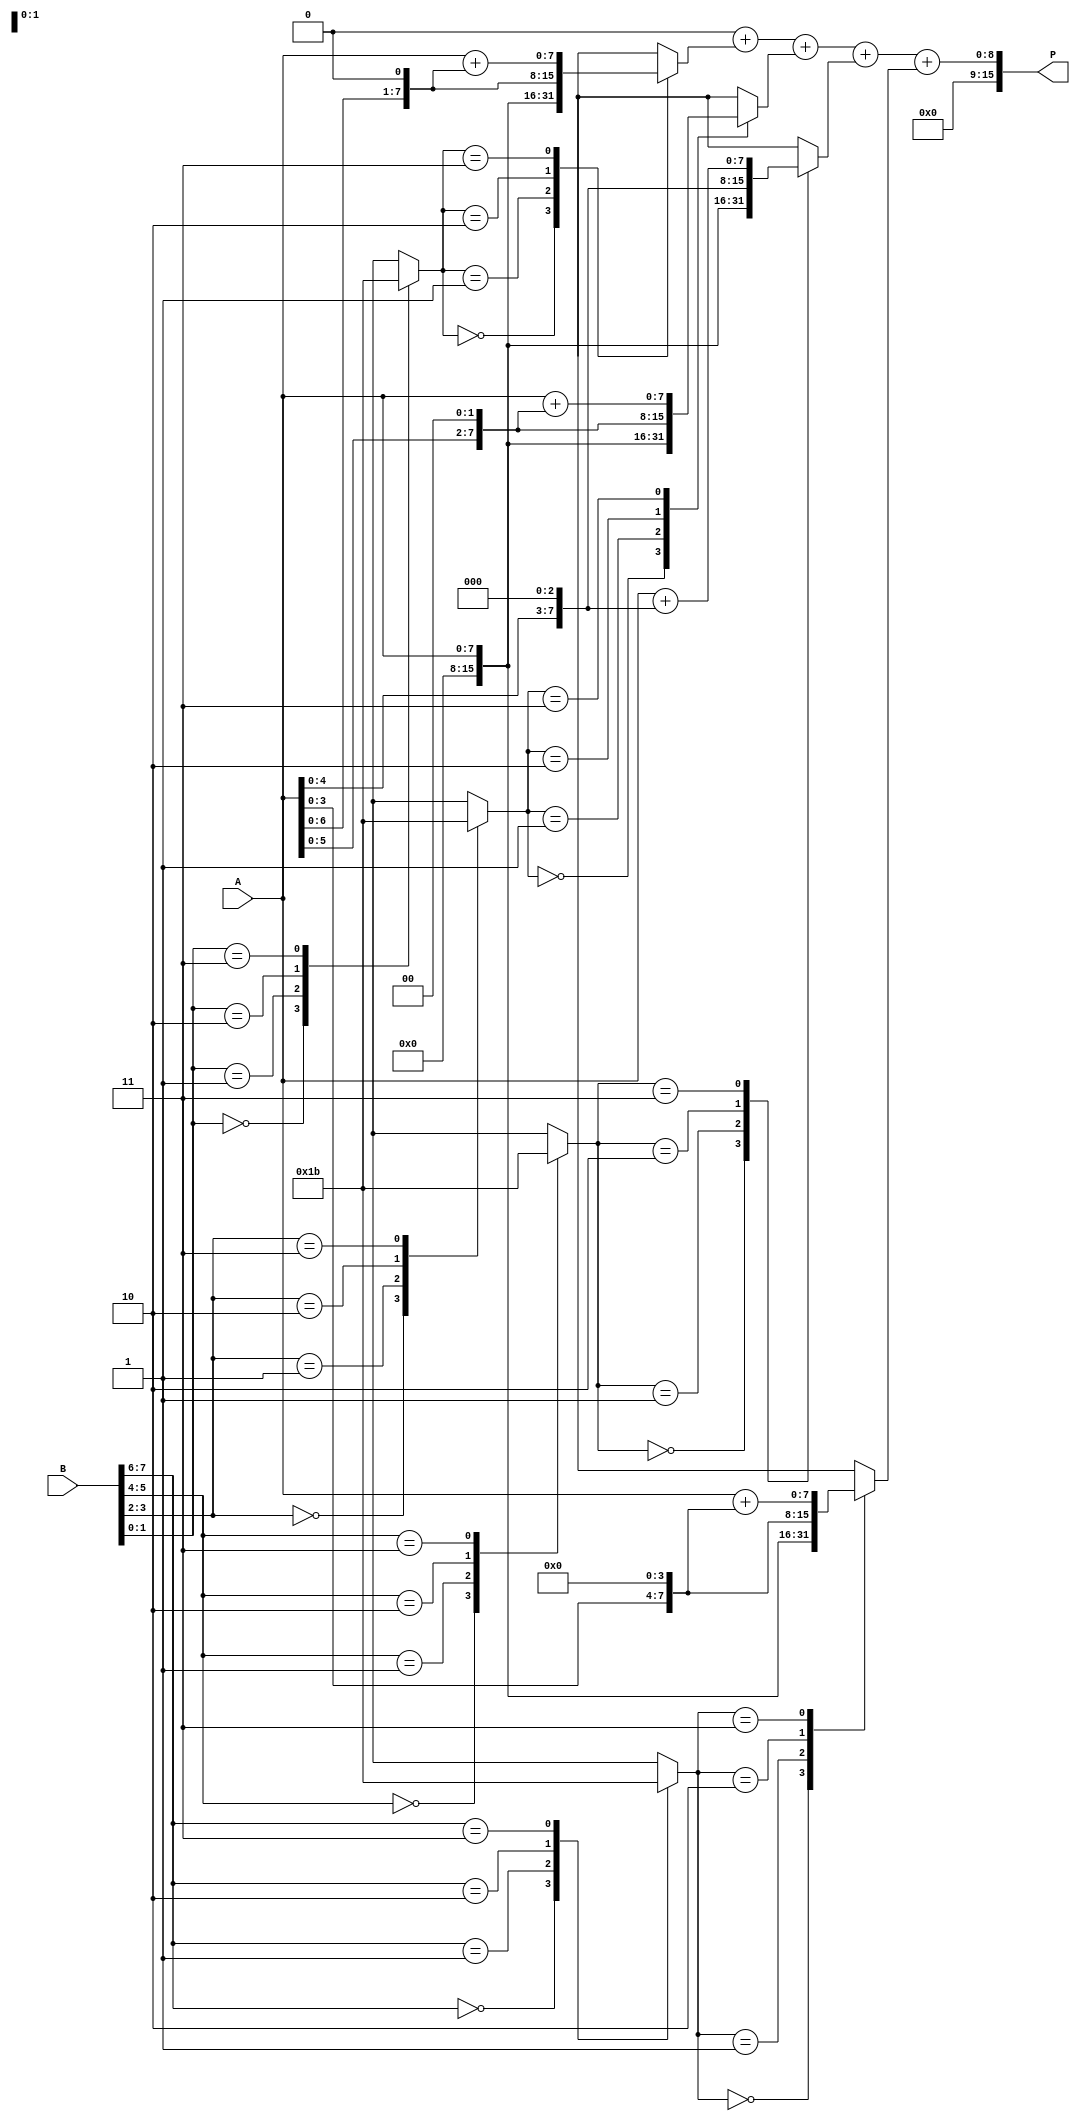
module radix4_multiplier #(parameter N = 8) (
    input  wire [N-1:0] A,  // Multiplicand
    input  wire [N-1:0] B,  // Multiplier
    output reg  [2*N-1:0] P // Product
);

    reg [N-1:0] A_shifted; // Shifted multiplicand
    reg [N-1:0] partial_products [0:N/2-1]; // Array for partial products
    reg [N:0] sum; // Sum for accumulation
    integer i;

    // Encoding stage
    reg [1:0] encoded_value [0:N/2-1];

    always @(*) begin
        // Initialize partial products to zero
        for (i = 0; i < N/2; i = i + 1) begin
            partial_products[i] = 0;
        end
        P = 0; // Initialize product

        // Generate encoded values
        for (i = 0; i < N/2; i = i + 1) begin
            case ({B[2*i+1], B[2*i]})
                2'b00: encoded_value[i] = 2'b00; // 0
                2'b01: encoded_value[i] = 2'b01; // 1
                2'b10: encoded_value[i] = 2'b10; // 2
                2'b11: encoded_value[i] = 2'b11; // 3
                default: encoded_value[i] = 2'b00;
            endcase
        end

        // Generate partial products based on encoded values
        for (i = 0; i < N/2; i = i + 1) begin
            A_shifted = A << (i + 1); // Shifted multiplicand
            case (encoded_value[i])
                2'b00: partial_products[i] = 0;                     // 0
                2'b01: partial_products[i] = A;                      // A
                2'b10: partial_products[i] = A_shifted;              // A * 2
                2'b11: partial_products[i] = A + A_shifted;          // A * 3
                default: partial_products[i] = 0;
            endcase
        end

        // Accumulate partial products
        sum = 0;
        for (i = 0; i < N/2; i = i + 1) begin
            sum = sum + partial_products[i];
        end

        // Assign the final product
        P = sum;
    end

endmodule